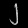
Digit: ၂